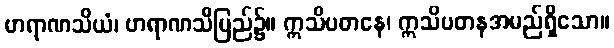
ဗာရာဏသိယံ၊ ဗာရာဏသီပြည်၌။ ဣသိပတနေ၊ ဣသိပတနအမည်ရှိသော။